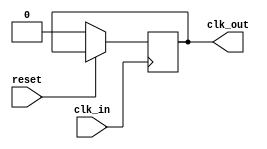
module clockdiv(
	input wire reset,
	input wire clk_in,
	output reg clk_out
);

	parameter RATIO = 1000;
	reg count;

	always @(posedge clk_in)
	begin
		if(reset==0) begin
			clk_out <= 0;
			count <=0;
		end 
		else begin
			if(count==RATIO/2) begin
				clk_out <= - clk_out;
				count <= 0;
			end
			else begin
				count = count + 1;
			end
		end
	end
endmodule